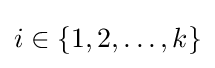
i\in \{1,2,\dots ,k\}